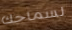
لسماحك